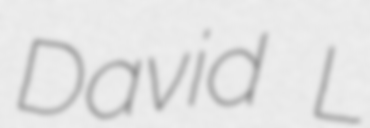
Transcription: David L